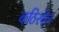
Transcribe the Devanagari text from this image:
कठिरवेल